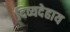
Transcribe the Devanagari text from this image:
दिव्यदेहाय